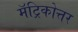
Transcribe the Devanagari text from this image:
मॅट्रिकोत्तर